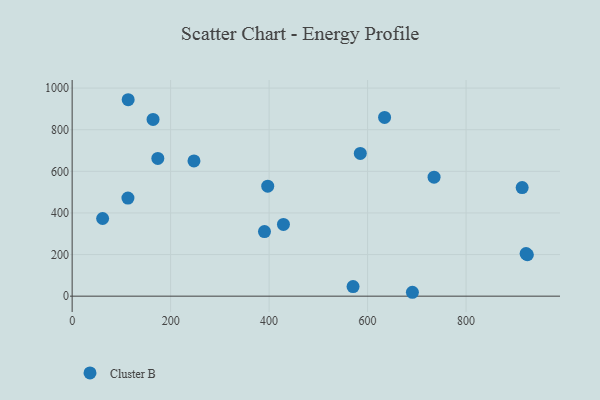
{"axis": {"x": "Ad Spend", "y": "Sales"}, "legend": ["Cluster B"], "data": [{"x": "924.5", "y": 199.0, "type": "Cluster B"}, {"x": "634.5", "y": 859.0, "type": "Cluster B"}, {"x": "113.3", "y": 471.2, "type": "Cluster B"}, {"x": "174.0", "y": 661.9, "type": "Cluster B"}, {"x": "913.9", "y": 521.7, "type": "Cluster B"}, {"x": "921.9", "y": 204.8, "type": "Cluster B"}, {"x": "164.3", "y": 849.3, "type": "Cluster B"}, {"x": "429.1", "y": 344.9, "type": "Cluster B"}, {"x": "397.2", "y": 528.5, "type": "Cluster B"}, {"x": "585.2", "y": 685.8, "type": "Cluster B"}, {"x": "61.9", "y": 373.2, "type": "Cluster B"}, {"x": "113.8", "y": 944.1, "type": "Cluster B"}, {"x": "390.6", "y": 310.2, "type": "Cluster B"}, {"x": "691.0", "y": 18.7, "type": "Cluster B"}, {"x": "247.4", "y": 650.2, "type": "Cluster B"}, {"x": "570.5", "y": 46.2, "type": "Cluster B"}, {"x": "735.0", "y": 572.0, "type": "Cluster B"}]}